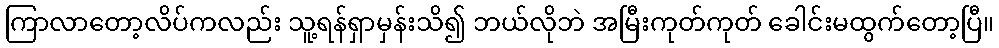
ကြာလာတော့လိပ်ကလည်း သူ့ရန်ရှာမှန်းသိ၍ ဘယ်လိုဘဲ အမြီးကုတ်ကုတ် ခေါင်းမထွက်တော့ပြီ။